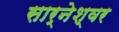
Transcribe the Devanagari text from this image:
सार्नेश्वर